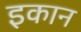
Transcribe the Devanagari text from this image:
इकान